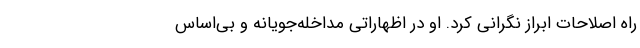
راه اصلاحات ابراز نگرانی کرد. او در اظهاراتی مداخله‌جویانه و بی‌اساس